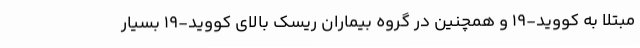
مبتلا به کووید-۱۹ و همچنین در گروه بیماران ریسک بالای کووید-۱۹ بسیار